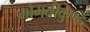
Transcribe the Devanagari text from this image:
गोमतीकुण्ड